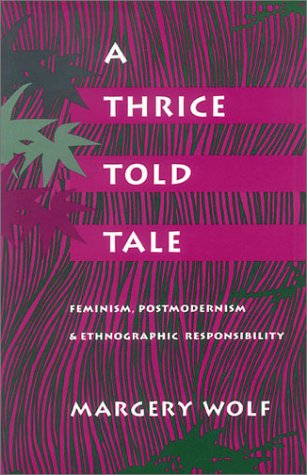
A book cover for A Thrice-Told Tale: Feminism, Postmodernism, and Ethnographic Responsibility; Margery Wolf; Gay & Lesbian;